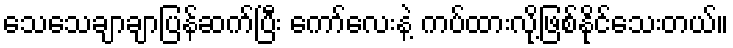
သေသေချာချာပြန်ဆက်ပြီး ကော်လေးနဲ့ ကပ်ထားလို့ဖြစ်နိုင်သေးတယ်။